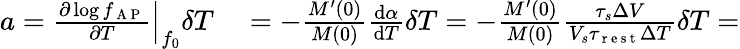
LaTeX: \begin{array}{rl}{a=\left.\frac{\partial\log f_{\mathrm{~A~P~}}}{\partial T}\right|_{f_{0}}\delta T}&{{}=-\frac{M^{\prime}(0)}{M(0)}\frac{\mathrm{d}\alpha}{\mathrm{d}T}\delta T=-\frac{M^{\prime}(0)}{M(0)}\frac{\tau_{s}\Delta V}{V_{s}\tau_{\mathrm{~r~e~s~t~}}\Delta T}\delta T=}\end{array}